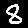
Digit: 8